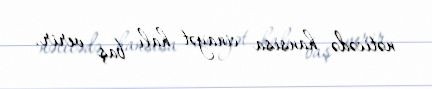
nəticədə hansısa cinayət halı baş verir.